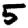
Digit: 5